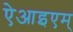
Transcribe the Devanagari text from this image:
ऐआइएम्